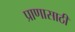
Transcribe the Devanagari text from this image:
प्राणासाठी